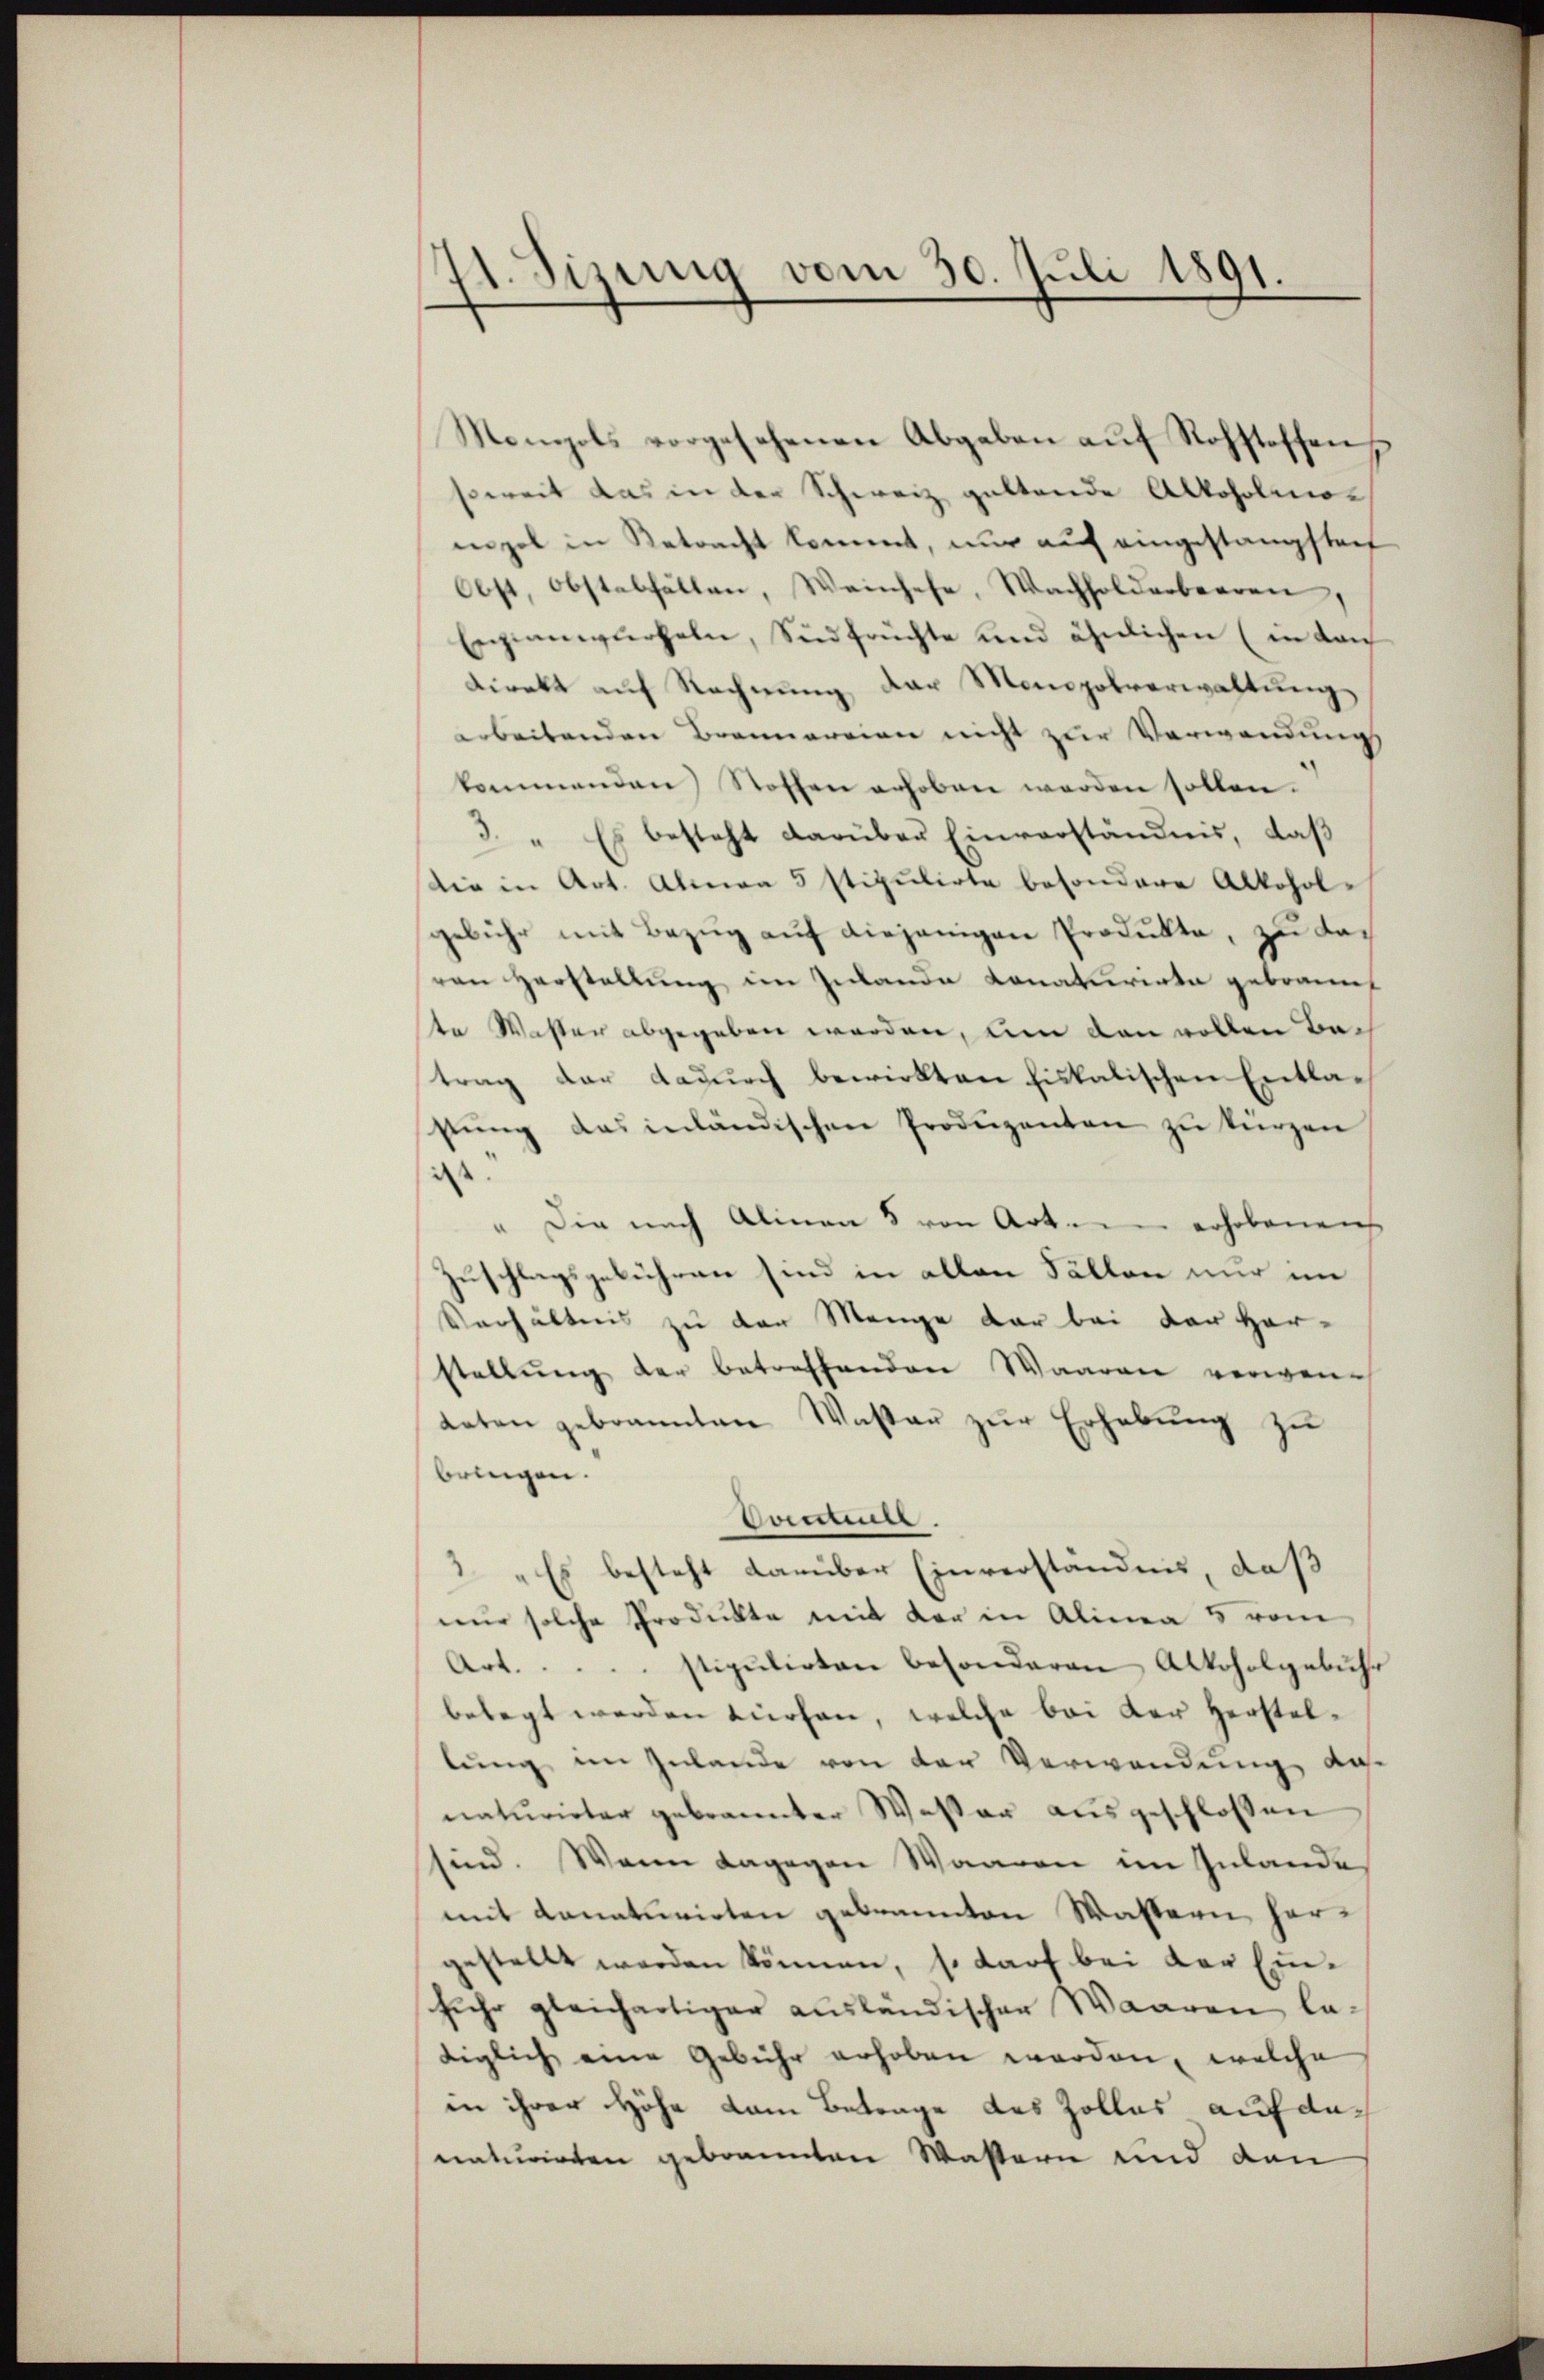
11. Sizung vom 30. Juli 1891.

Mompols vorgesehenen Abgaben aŭf Rohstoffen
soweit das in der Schweiz geltende Alkoholmoengel in Retracht kommt, nur auf eingestangsten
Obst, obstabfällen, Weinsehe, Wachholderbeeren,
Exzianwürfeln, Südfrüchte und ähnlichen (in dan
direkt auf Rechnung der Monopolverwaltung
arbeitenden Brennereien nicht zur Verwendung
kommenden Stoffen erhoben werden sollen.
3.
Es besteht darüber Einverständnis, daß
die in Art. Alma 5 stipulirte besondere Alkoholgebühr mit Bezŭg aŭf diejenigen Produkte, zu davon Herstellung im Zulande Konaturirte gebrannt
te Waster abgegeben werden, um den vollen Batrag der dadurch bewirkten fiskalischen Entla-
sŭng das inländischen Produzenten zu kurzen
iss
" Die nach Alinea 5 von Art. erhobenen
Zuschlagsgebühren sind in allen Fällen nur im
Verhältnis zu der Menge der bei der Herstellung der betreffenden Waaren verwenaeten gebrannten Waster zŭr Erhebŭng zu
bringen.
Dammer.
2. „Es besteht darüber Einverständnis, daß
nur solche Produkte mit der in Alinea 5 vom
Art. . . . . stipulirten besonderen Alkoholgebühr
belegt werden dürfen, welche bei der Herstellŭng im Zulande von der Verwendung da
naturirter gebrannter Wester ausgeschlossen
sind. Wenn dagegen Waaren im Inlande,
mit donaturirten gebrannten Wastern hergestellt werden können, so darf bei der Einfuehr gleichartiger ausländischen Waaren latiglich eine Gebühr erhoben worden, welche
in ihrer Höhe kam Betrage des Zolles auf denaturirten gebrannten Wastern und den